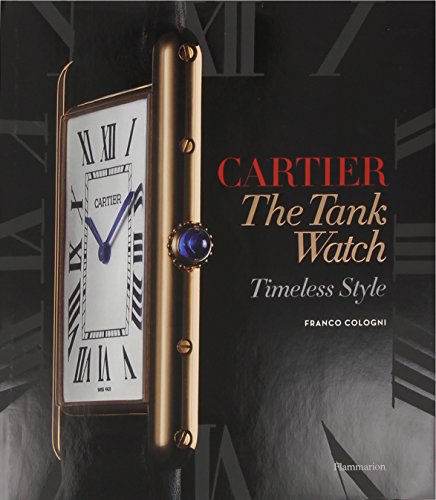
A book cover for Cartier: The Tank Watch: Timeless Style; Franco Cologni; Crafts, Hobbies & Home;